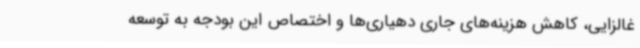
غالزایی، کاهش هزینه‌های جاری دهیاری‌ها و اختصاص این بودجه به توسعه